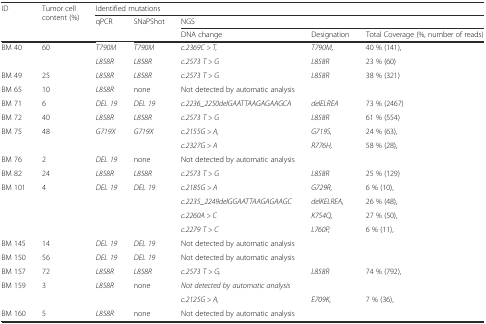
| <ROWSPAN=3> ID | <ROWSPAN=3> Tumor cell content (%) | <COLSPAN=5> Identified mutations |
 | <ROWSPAN=2> qPCR | <ROWSPAN=2> SNaPShot | <COLSPAN=3> NGS |
 | DNA change | Designation | Total Coverage (%, number of reads) |
 | --- | --- | --- | --- | --- | --- | --- |
 | BM 40 | 60 | T790M | T790M | c.2369C > T, | T790M, | 40 % (141), |
 |  |  | L858R | L858R | c.2573 T > G | L858R | 23 % (60) |
 | BM 49 | 25 | L858R | L858R | c.2573 T > G | L858R | 38 % (321) |
 | BM 65 | 10 | L858R | none | Not detected by automatic analysis |  |  |
 | BM 71 | 6 | DEL 19 | DEL 19 | c.2236_2250delGAATTAAGAGAAGCA | delELREA | 73 % (2467) |
 | BM 72 | 40 | L858R | L858R | c.2573 T > G | L858R | 61 % (554) |
 | BM 75 | 48 | G719X | G719X | c.2155G > A, | G719S, | 24 % (63), |
 |  |  |  |  | c.2327G > A | R776H, | 58 % (28), |
 | BM 76 | 2 | DEL 19 | none | Not detected by automatic analysis |  |  |
 | BM 82 | 24 | L858R | L858R | c.2573 T > G | L858R | 25 % (129) |
 | BM 101 | 4 | DEL 19 | DEL 19 | c.2185G > A | G729R, | 6 % (10), |
 |  |  |  |  | c.2235_2249delGGAATTAAGAGAAGC | delKELREA, | 26 % (48), |
 |  |  |  |  | c.2260A > C | K754Q, | 27 % (50), |
 |  |  |  |  | c.2279 T > C | L760P, | 6 % (11), |
 | BM 145 | 14 | DEL 19 | DEL 19 | Not detected by automatic analysis |  |  |
 | BM 150 | 56 | DEL 19 | DEL 19 | Not detected by automatic analysis |  |  |
 | BM 157 | 72 | L858R | L858R | c.2573 T > G, | L858R | 74 % (792), |
 | BM 159 | 3 | L858R | none | Not detected by automatic analysis |  |  |
 |  |  |  |  | c.2125G > A, | E709K, | 7 % (36), |
 | BM 160 | 5 | L858R | none | Not detected by automatic analysis |  |  |